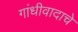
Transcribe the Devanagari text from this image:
गांधीवादाचे